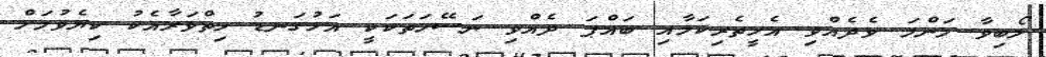
ލޯބިވާ މަންމަ ވެދެއްވި އެހީތެރިކަމާއި ބައްޕަ ދެއްވި ނަސޭހަތަކަކީ އަޅުގަނޑު ހިތްވަރާއެކު ކިޔެވުމަށް